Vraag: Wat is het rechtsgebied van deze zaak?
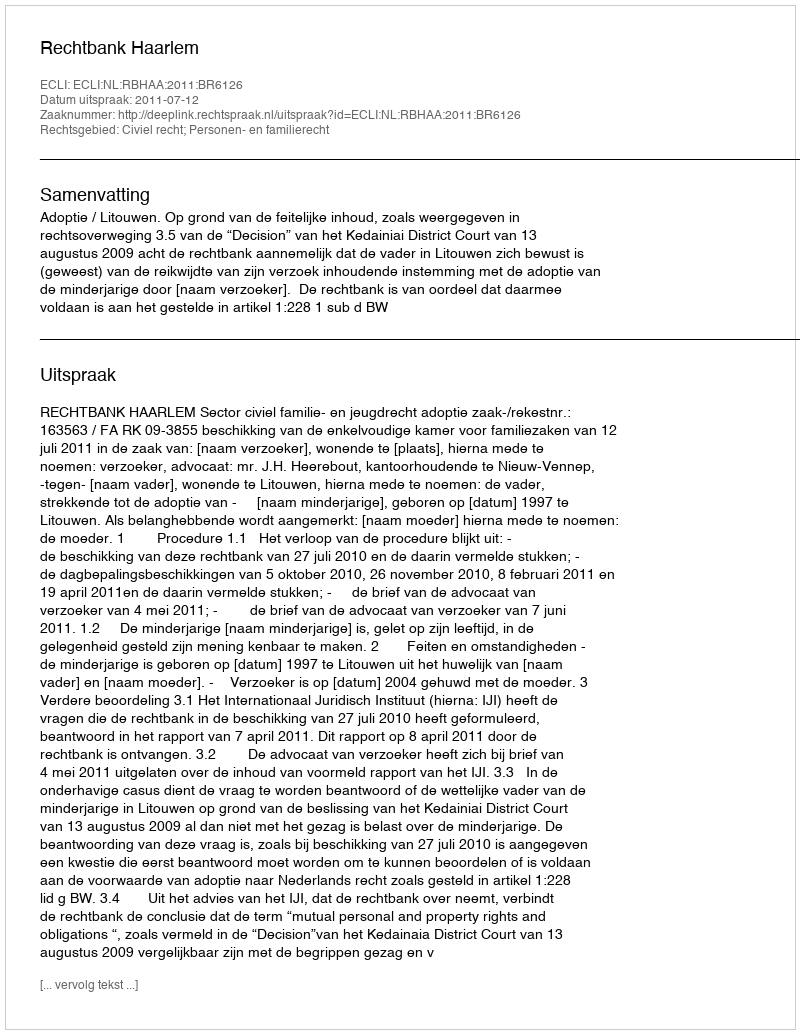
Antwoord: Civiel recht; Personen- en familierecht